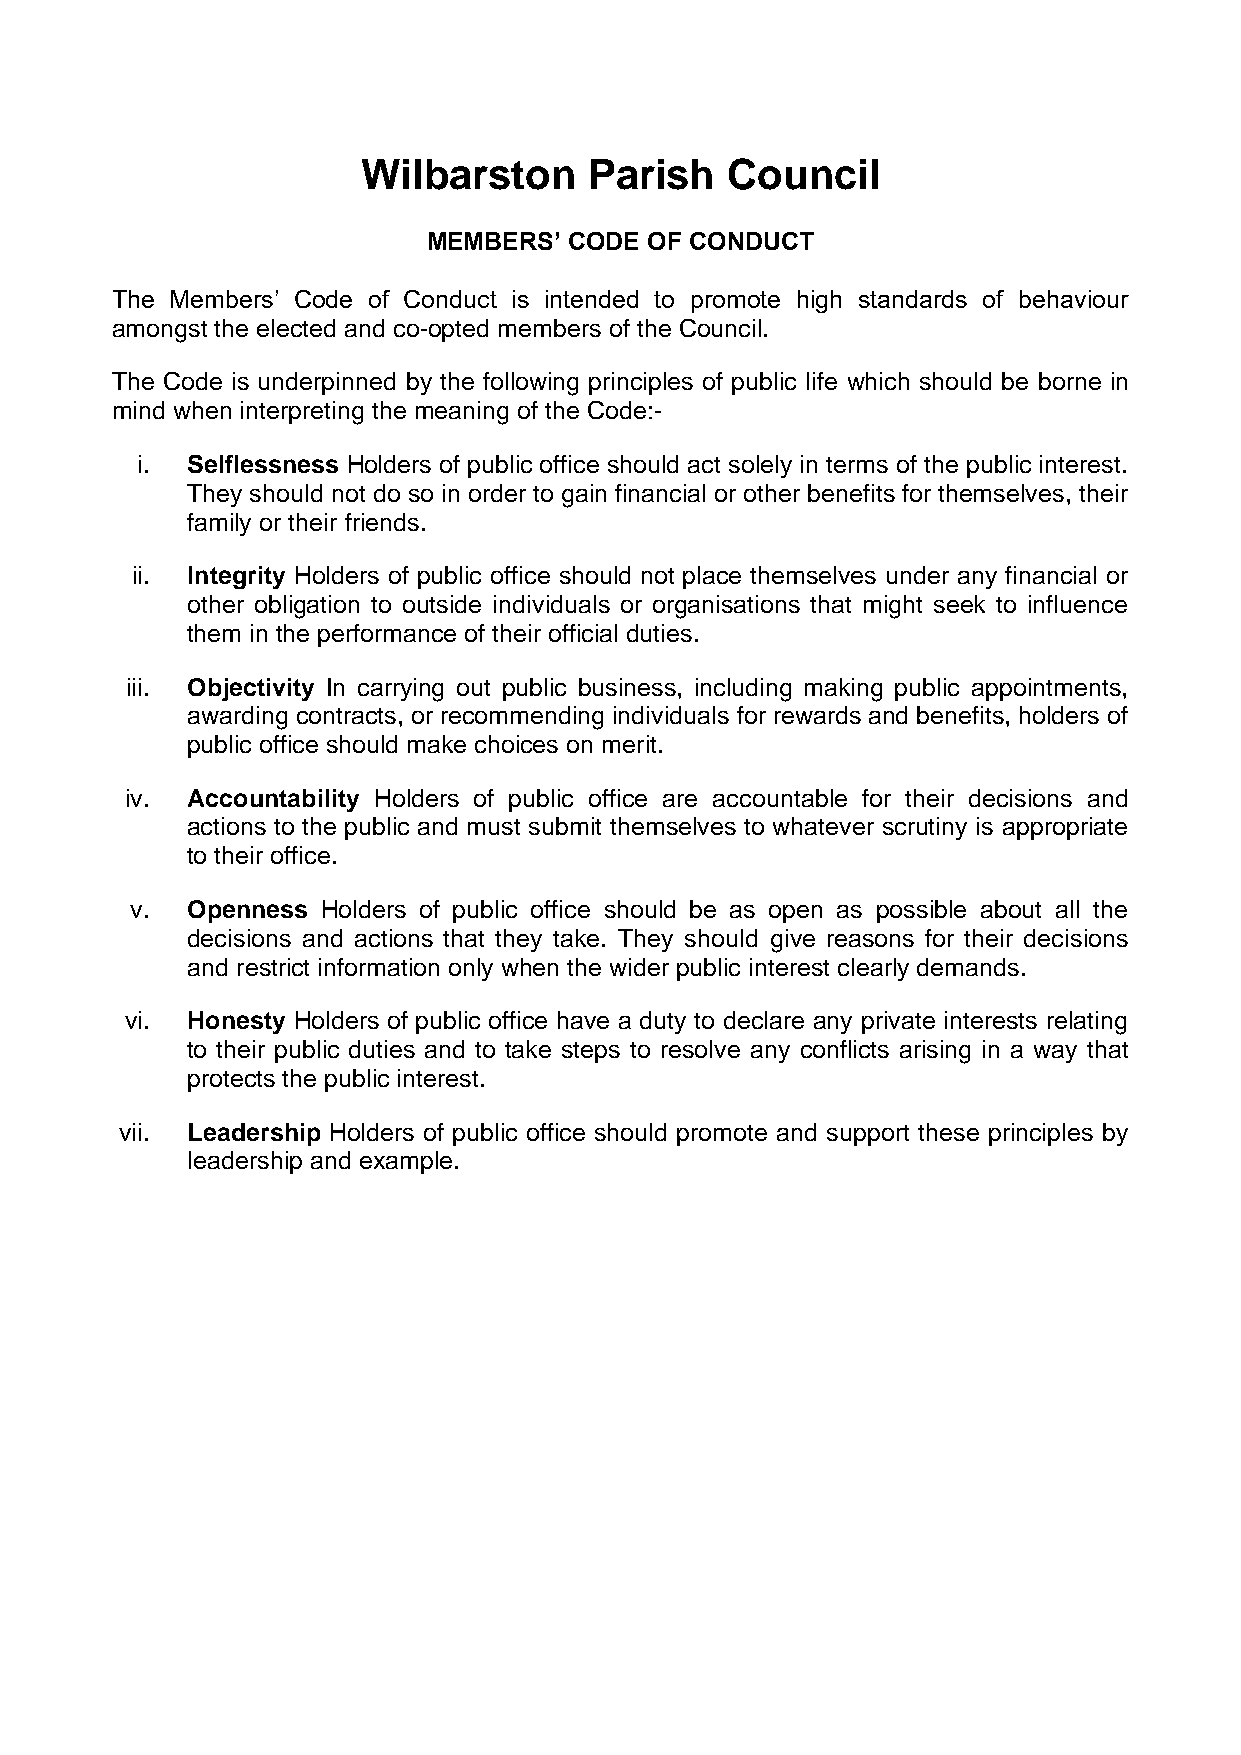
Wilbarston     Parish   Council
 MEMBERS’  CODE OF CONDUCT
 The Members’ Code of Conduct is intended to promote high standards of behaviour
 amongst the elected and co-opted members of the Council.
 The Code is underpinned by the following principles of public life which should be borne in
 mind when interpreting the meaning of the Code:-
 i. Selflessness Holders of public office should act solely in terms of the public interest.
 They should not do so in order to gain financial or other benefits for themselves, their
 family or their friends.
 ii. Integrity Holders of public office should not place themselves under any financial or
 other obligation to outside individuals or organisations that might seek to influence
 them in the performance of their official duties.
 iii. Objectivity In carrying out public business, including making public appointments,
 awarding contracts, or recommending individuals for rewards and benefits, holders of
 public office should make choices on merit.
 iv. Accountability Holders of public office are accountable for their decisions and
 actions to the public and must submit themselves to whatever scrutiny is appropriate
 to their office.
 v. Openness Holders of public office should be as open as possible about all the
 decisions and actions that they take. They should give reasons for their decisions
 and restrict information only when the wider public interest clearly demands.
 vi. Honesty Holders of public office have a duty to declare any private interests relating
 to their public duties and to take steps to resolve any conflicts arising in a way that
 protects the public interest.
 vii. Leadership Holders of public office should promote and support these principles by
 leadership and example.